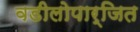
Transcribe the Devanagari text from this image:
वडीलोपार्जित